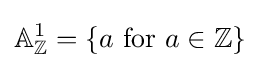
\mathbb {A} _{\mathbb {Z} }^{1}=\{a\ {\text{for}}\ a\in \mathbb {Z} \}